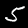
Digit: 5